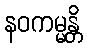
နဝကမ္မန္တိ